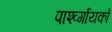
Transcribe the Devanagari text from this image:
पार्श्व्गायकों